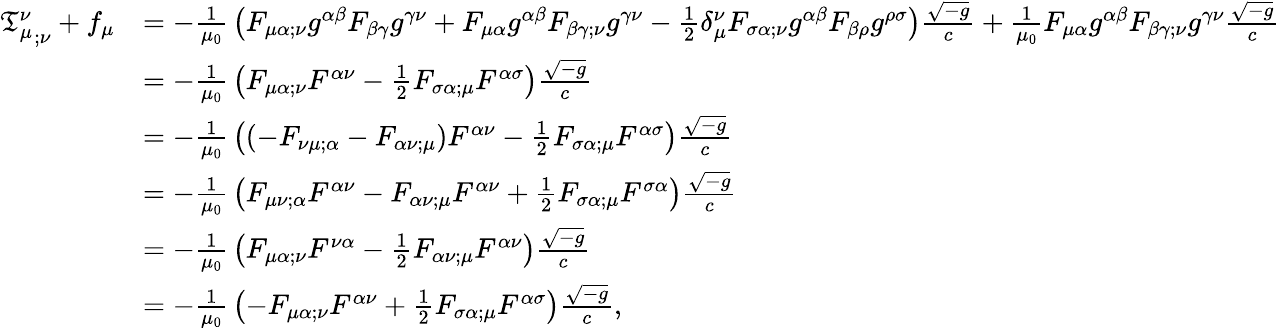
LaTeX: {\begin{array}{rl}{{{\mathfrak{T}}_{\mu}^{\nu}}_{;\nu}+f_{\mu}}&{=-{\frac{1}{\mu_{0}}}\left(F_{\mu\alpha;\nu}g^{\alpha\beta}F_{\beta\gamma}g^{\gamma\nu}+F_{\mu\alpha}g^{\alpha\beta}F_{\beta\gamma;\nu}g^{\gamma\nu}-{\frac{1}{2}}\delta_{\mu}^{\nu}F_{\sigma\alpha;\nu}g^{\alpha\beta}F_{\beta\rho}g^{\rho\sigma}\right){\frac{\sqrt{-g}}{c}}+{\frac{1}{\mu_{0}}}F_{\mu\alpha}g^{\alpha\beta}F_{\beta\gamma;\nu}g^{\gamma\nu}{\frac{\sqrt{-g}}{c}}}\\ &{=-{\frac{1}{\mu_{0}}}\left(F_{\mu\alpha;\nu}F^{\alpha\nu}-{\frac{1}{2}}F_{\sigma\alpha;\mu}F^{\alpha\sigma}\right){\frac{\sqrt{-g}}{c}}}\\ &{=-{\frac{1}{\mu_{0}}}\left(\left(-F_{\nu\mu;\alpha}-F_{\alpha\nu;\mu}\right)F^{\alpha\nu}-{\frac{1}{2}}F_{\sigma\alpha;\mu}F^{\alpha\sigma}\right){\frac{\sqrt{-g}}{c}}}\\ &{=-{\frac{1}{\mu_{0}}}\left(F_{\mu\nu;\alpha}F^{\alpha\nu}-F_{\alpha\nu;\mu}F^{\alpha\nu}+{\frac{1}{2}}F_{\sigma\alpha;\mu}F^{\sigma\alpha}\right){\frac{\sqrt{-g}}{c}}}\\ &{=-{\frac{1}{\mu_{0}}}\left(F_{\mu\alpha;\nu}F^{\nu\alpha}-{\frac{1}{2}}F_{\alpha\nu;\mu}F^{\alpha\nu}\right){\frac{\sqrt{-g}}{c}}}\\ &{=-{\frac{1}{\mu_{0}}}\left(-F_{\mu\alpha;\nu}F^{\alpha\nu}+{\frac{1}{2}}F_{\sigma\alpha;\mu}F^{\alpha\sigma}\right){\frac{\sqrt{-g}}{c}},}\end{array}}